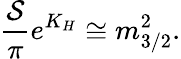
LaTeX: {\frac{\cal S}{\pi}}e^{K_{H}}\cong m_{3/2}^{2}.